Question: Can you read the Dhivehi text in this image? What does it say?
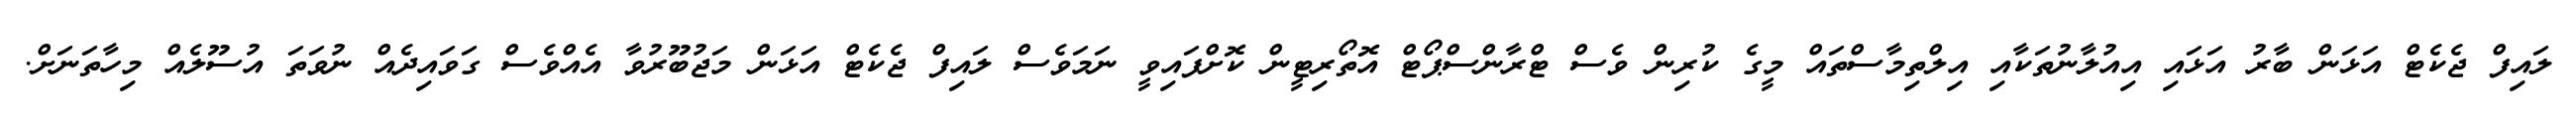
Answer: ލައިފް ޖެކެޓް އަޅަން ބާރު އަޅައި އިއުލާނުތަކާއި އިލްތިމާސްތައް މީގެ ކުރިން ވެސް ޓްރާންސްޕޯޓް އޮތޯރިޓީން ކޮށްފައިވީ ނަމަވެސް ލައިފް ޖެކެޓް އަޅަން މަޖުބޫރުވާ އެއްވެސް ގަވައިދެއް ނުވަތަ އުސޫލެއް މިހާތަނަށް.